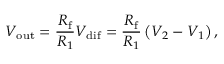
V _ { \mathrm { o u t } } = { \frac { R _ { \mathrm { f } } } { R _ { 1 } } } V _ { \mathrm { d i f } } = { \frac { R _ { \mathrm { f } } } { R _ { 1 } } } \left( V _ { 2 } - V _ { 1 } \right) ,